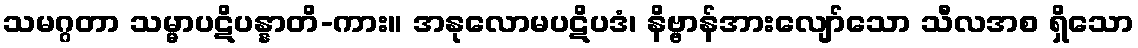
သမဂ္ဂတာ သမ္မာပဋိပန္နာတိ-ကား။ အနုလောမပဋိပဒံ၊ နိဗ္ဗာန်အားလျော်သော သီလအစ ရှိသော